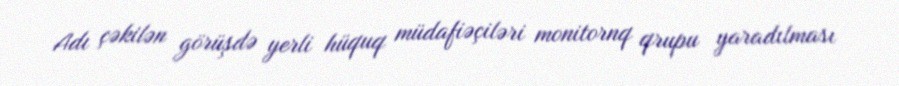
Adı çəkilən görüşdə yerli hüquq müdafiəçiləri monitornq qrupu yaradılması